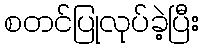
စတင်ပြုလုပ်ခဲ့ပြီး